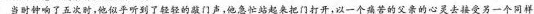
当时钟响了五次时，他似乎听到了轻轻的门声，他急忙站起来把门打开，以一个痛苦的父亲的心灵去接受另一个同样